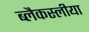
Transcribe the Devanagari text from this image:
ब्लैकस्लीया